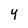
Character: y